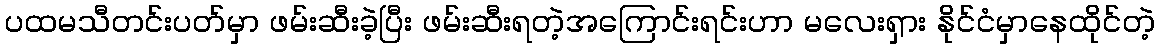
ပထမသီတင်းပတ်မှာ ဖမ်းဆီးခဲ့ပြီး ဖမ်းဆီးရတဲ့အကြောင်းရင်းဟာ မလေးရှား နိုင်ငံမှာနေထိုင်တဲ့